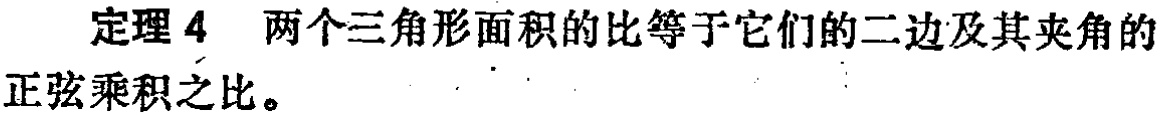
定理 4 两个三角形面积的比等于它们的二边及其夹角的正弦乘积之比。